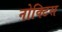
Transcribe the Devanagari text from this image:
नोक्टिस